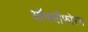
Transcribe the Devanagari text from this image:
ऑक्सीफोरम